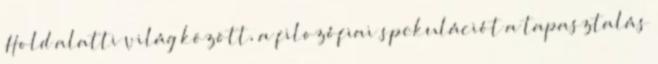
Hold alatti világ között, a filozófiai spekulációt a tapasztalás